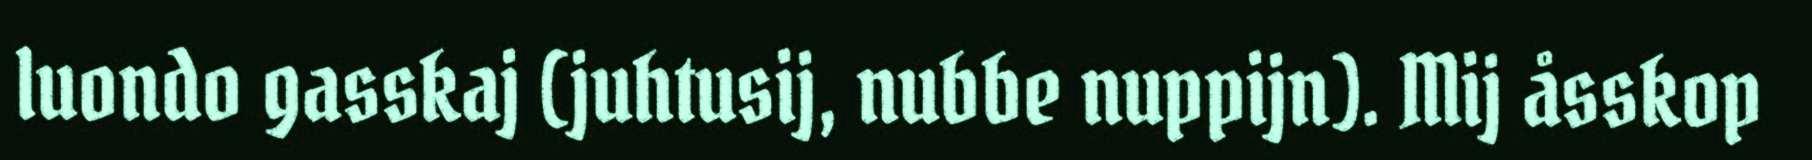
luondo gasskaj (juhtusij, nubbe nuppijn). Mij åsskop